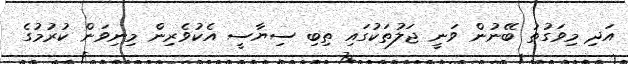
އަދި މިވަގުތު ބޭނުން ވަނީ ޖަލުތަކުގައި ތިބި ސިޔާސީ އެކުވެރިން މިނިވަން ކުރުމުގެ